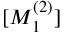
[ M _ { 1 } ^ { ( 2 ) } ]